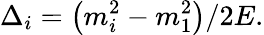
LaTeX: \Delta_{i}=\left(m_{i}^{2}-m_{1}^{2}\right)/2E.